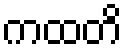
ကထတိ